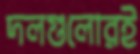
দলগুলোরই